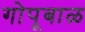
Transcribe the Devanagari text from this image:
गोपूबाळ